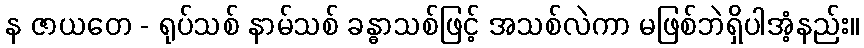
န ဇာယတေ - ရုပ်သစ် နာမ်သစ် ခန္ဓာသစ်ဖြင့် အသစ်လဲကာ မဖြစ်ဘဲရှိပါအံ့နည်း။